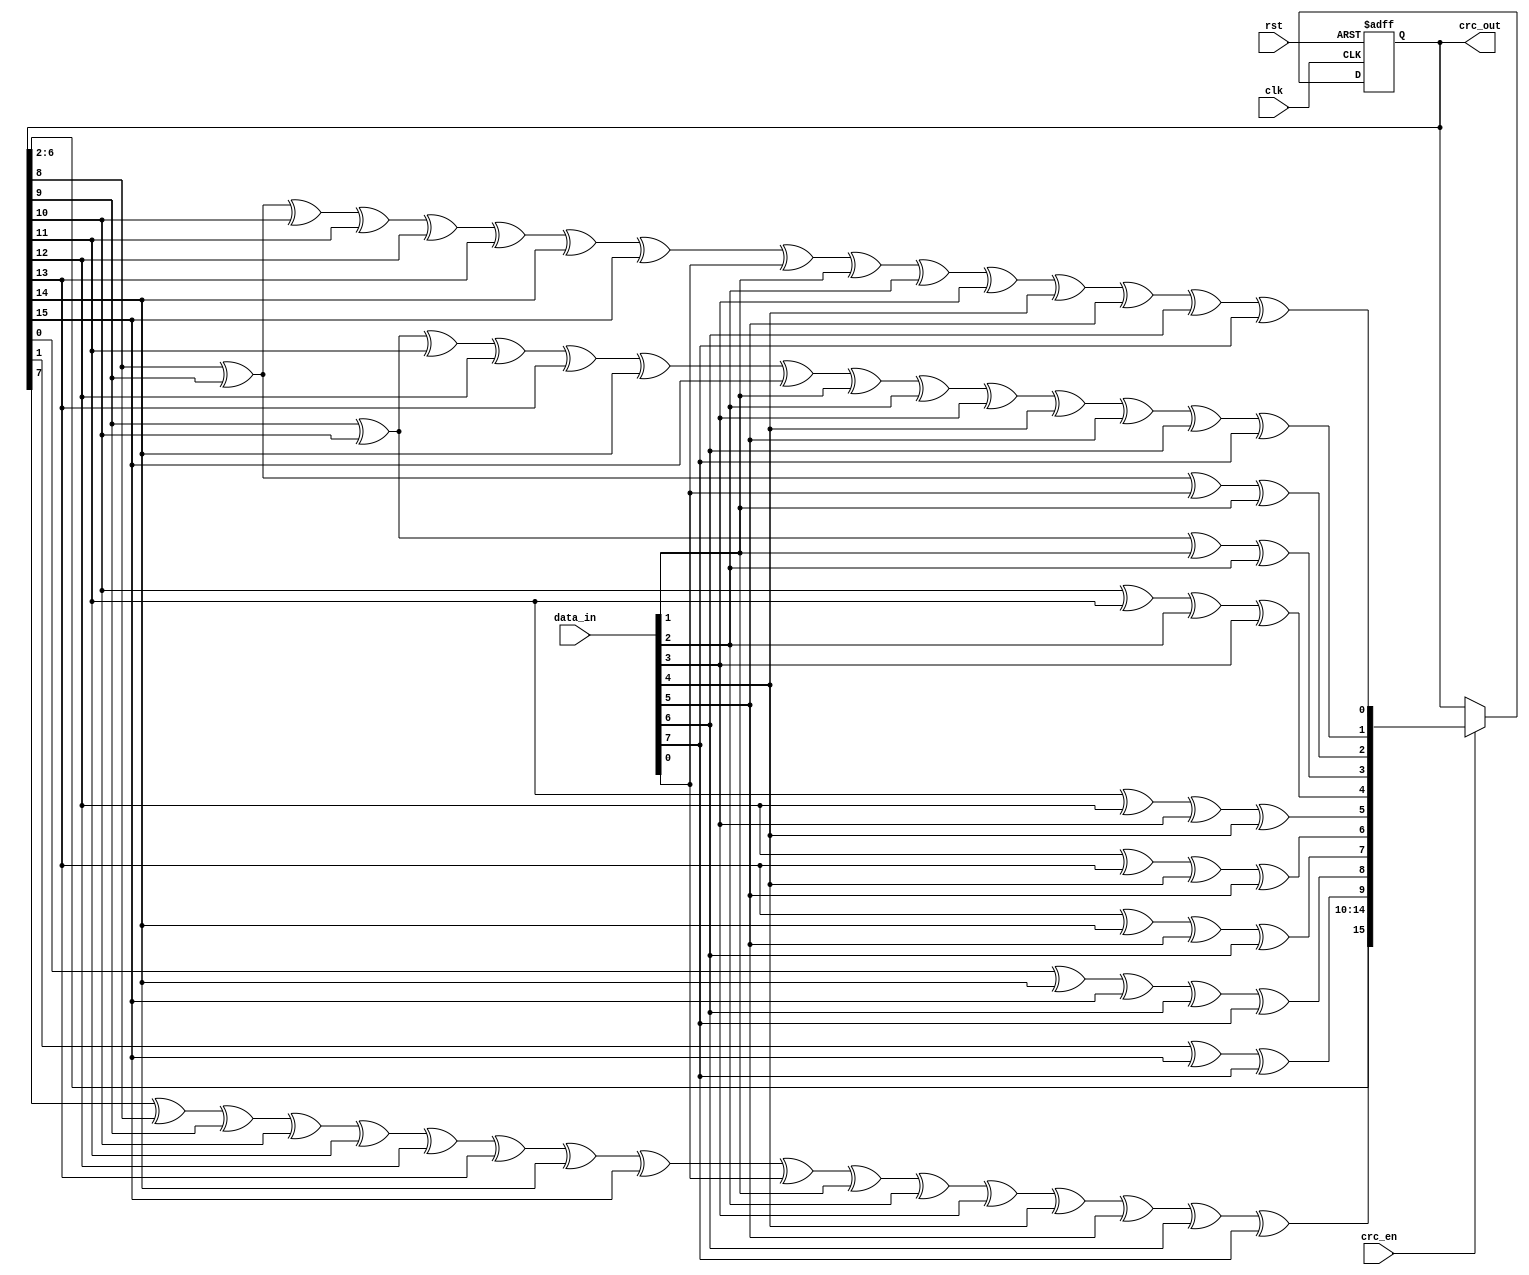
module crc16_4(
  input [7:0] data_in,
  input crc_en,
  output [15:0] crc_out,
  input rst,
  input clk);
  reg [15:0] lfsr_q,lfsr_c;
  assign crc_out = lfsr_q;
  always @(*) begin
    lfsr_c[0] = lfsr_q[8] ^ lfsr_q[9] ^ lfsr_q[10] ^ lfsr_q[11] ^ lfsr_q[12] ^ lfsr_q[13] ^ lfsr_q[14] ^ lfsr_q[15] ^ data_in[0] ^ data_in[1] ^ data_in[2] ^ data_in[3] ^ data_in[4] ^ data_in[5] ^ data_in[6] ^ data_in[7];
    lfsr_c[1] = lfsr_q[9] ^ lfsr_q[10] ^ lfsr_q[11] ^ lfsr_q[12] ^ lfsr_q[13] ^ lfsr_q[14] ^ lfsr_q[15] ^ data_in[1] ^ data_in[2] ^ data_in[3] ^ data_in[4] ^ data_in[5] ^ data_in[6] ^ data_in[7];
    lfsr_c[2] = lfsr_q[8] ^ lfsr_q[9] ^ data_in[0] ^ data_in[1];
    lfsr_c[3] = lfsr_q[9] ^ lfsr_q[10] ^ data_in[1] ^ data_in[2];
    lfsr_c[4] = lfsr_q[10] ^ lfsr_q[11] ^ data_in[2] ^ data_in[3];
    lfsr_c[5] = lfsr_q[11] ^ lfsr_q[12] ^ data_in[3] ^ data_in[4];
    lfsr_c[6] = lfsr_q[12] ^ lfsr_q[13] ^ data_in[4] ^ data_in[5];
    lfsr_c[7] = lfsr_q[13] ^ lfsr_q[14] ^ data_in[5] ^ data_in[6];
    lfsr_c[8] = lfsr_q[0] ^ lfsr_q[14] ^ lfsr_q[15] ^ data_in[6] ^ data_in[7];
    lfsr_c[9] = lfsr_q[1] ^ lfsr_q[15] ^ data_in[7];
    lfsr_c[10] = lfsr_q[2];
    lfsr_c[11] = lfsr_q[3];
    lfsr_c[12] = lfsr_q[4];
    lfsr_c[13] = lfsr_q[5];
    lfsr_c[14] = lfsr_q[6];
    lfsr_c[15] = lfsr_q[7] ^ lfsr_q[8] ^ lfsr_q[9] ^ lfsr_q[10] ^ lfsr_q[11] ^ lfsr_q[12] ^ lfsr_q[13] ^ lfsr_q[14] ^ lfsr_q[15] ^ data_in[0] ^ data_in[1] ^ data_in[2] ^ data_in[3] ^ data_in[4] ^ data_in[5] ^ data_in[6] ^ data_in[7];
  end 
  always @(posedge clk, posedge rst) begin
    if(rst) begin
      lfsr_q <= {16{1'b1}};
    end
    else begin
      lfsr_q <= crc_en ? lfsr_c : lfsr_q;
    end
  end 
endmodule